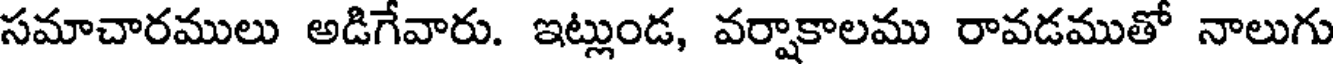
సమాచారములు అడిగేవారు. ఇట్లుండ, వర్షాకాలము రావడముతో నాలుగు